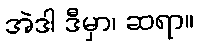
အဲဒါ ဒီမှာ၊ ဆရာ။